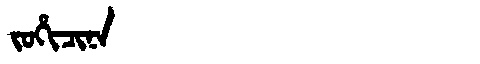
Manchu: ᠵᠣᡥᡳᠴᡳᠨᠠ
Romanization: JOHICINA